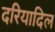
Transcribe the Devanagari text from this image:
दरियादिल